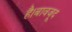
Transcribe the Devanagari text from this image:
है।बावजूद